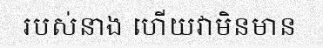
របស់នាង ហើយវាមិនមាន